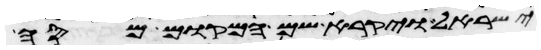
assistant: ישראל ויקרא שם המקום מסה